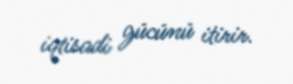
iqtisadi gücünü itirir.